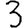
Digit: 3